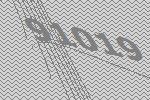
91019